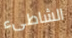
الشاطىء